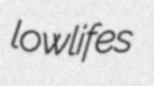
lowlifes